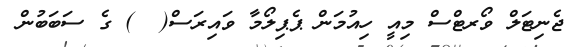
ޖެނިޓަލް ވޯރޓްސް މިއީ ހިއުމަން ޕެޕިލޯމާ ވައިރަސް(  ) ގެ ސަބަބުން